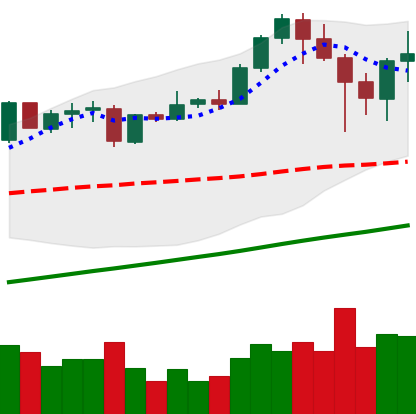
Ticker: ETH-USD
Chart end date: 2021-04-21
Forward return: 7.177%
Label: up_7plus